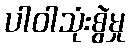
ပါဝါသုံးစွဲမှု